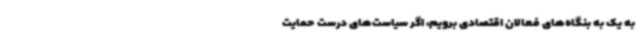
به یک به بنگاه‌های فعالان اقتصادی برویم، اگر سیاست‌های درست حمایت